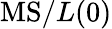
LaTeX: \textrm{MS}/L(0)